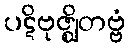
ပဋိဗုဇ္ဈိတဗ္ဗံ